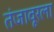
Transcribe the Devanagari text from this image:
तंजावूरला